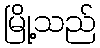
မြို့သည်